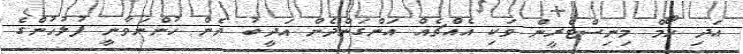
އަދި ހޯމް މިނިސްޓްރީން ވަކި އެއްޗެއް އަންގަންދެން އަދީބު ދެން ހުންނަވާނީ ފުލުހުންގެ